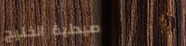
صيدلية الخليج